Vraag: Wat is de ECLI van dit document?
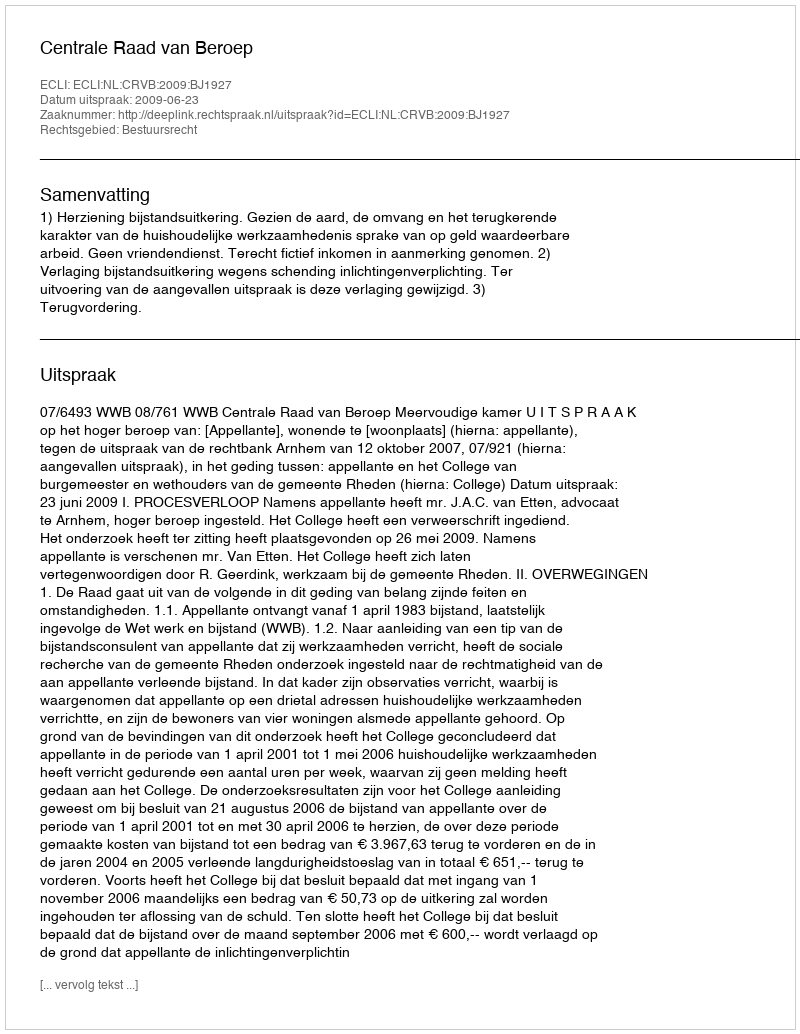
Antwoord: ECLI:NL:CRVB:2009:BJ1927